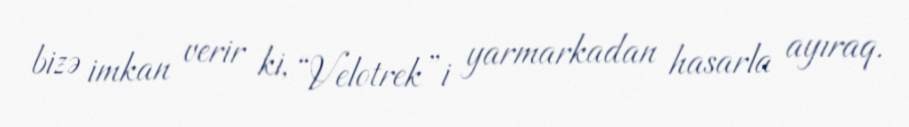
bizə imkan verir ki, “Velotrek”i yarmarkadan hasarla ayıraq.